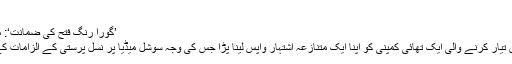
(10.01.2016)
’گورا رنگ فتح کی ضمانت‘: متنازعہ اشتہار واپس لینا پڑا
رنگ گورا کرنے کی گولیاں تیار کرنے والی ایک تھائی کمپنی کو اپنا ایک متنازعہ اشتہار واپس لینا پڑا جس کی وجہ سوشل میڈیا پر نسل پرستی کے الزامات کے تحت بڑھنے والا دباؤ بنا۔